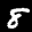
Label: 8